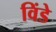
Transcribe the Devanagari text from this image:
विंडे